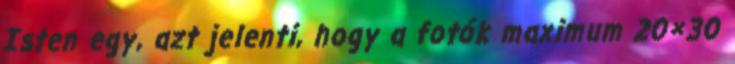
Isten egy, azt jelenti, hogy a fotók maximum 20×30